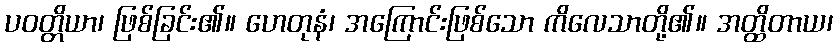
ပဝတ္တိယာ၊ ဖြစ်ခြင်း၏။ ဟေတုနံ၊ အကြောင်းဖြစ်သော ကိလေသာတို့၏။ အတ္ထိတာယ၊